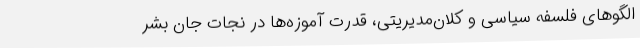
الگوهای فلسفه سیاسی و کلان‌مدیریتی، قدرت آموزه‌ها در نجات جان بشر